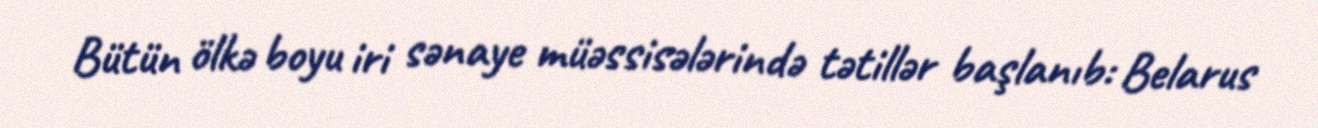
Bütün ölkə boyu iri sənaye müəssisələrində tətillər başlanıb: Belarus